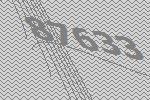
87633